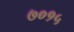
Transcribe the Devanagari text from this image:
७०१५